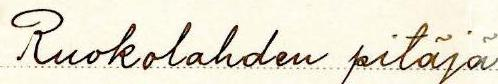
Ruokolahden pitäjä